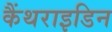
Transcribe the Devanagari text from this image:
कैंथराइडिन